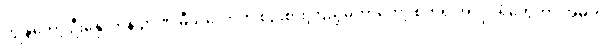
ကျွန်တော့် ဦးနှောက်နဲ့ ဉာဏ် မီသလောက် စဉ်းစားကြည့်မိတာတော့ စက်ရုံ အလုပ်ရုံတွေဟာ အဓိက